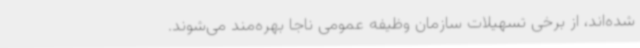
شده‌اند، از برخی تسهیلات سازمان وظیفه عمومی ناجا بهره‌مند می‌شوند.